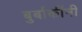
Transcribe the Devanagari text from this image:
बुर्बाकींनी